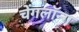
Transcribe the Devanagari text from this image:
चेंगलॉन्ग